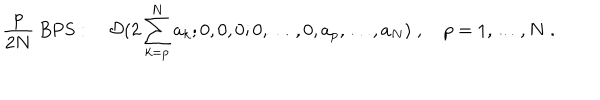
{ \frac { p } { 2 N } } \mathrm { ~ B P S } : \quad { \cal D } ( 2 \sum _ { k = p } ^ { N } a _ { k } ; 0 , 0 , 0 ; 0 , \ldots , 0 , a _ { p } , \ldots , a _ { N } ) \; , \quad p = 1 , \ldots , N \; .